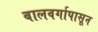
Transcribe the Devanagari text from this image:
बालवर्गापासून